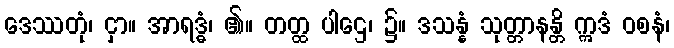
ဒေဿတုံ၊ ငှာ။ အာရဒ္ဓံ၊ ၏။ တတ္ထ ပါဌေ၊ ၌။ ဒသန္နံ သုတ္တာနန္တိ ဣဒံ ဝစနံ၊